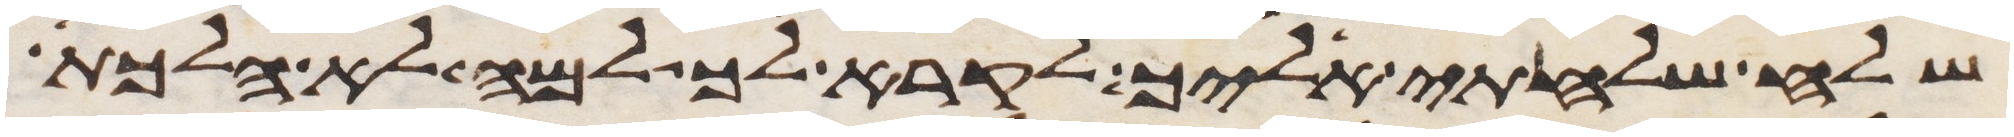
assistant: שלח שלחתי אליך לקרא לך למה לא הלכת